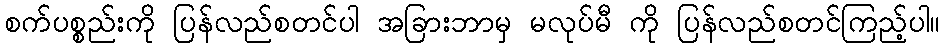
စက်ပစ္စည်းကို ပြန်လည်စတင်ပါ အခြားဘာမှ မလုပ်မီ ကို ပြန်လည်စတင်ကြည့်ပါ။